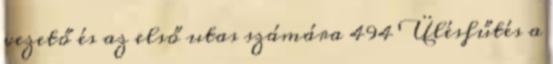
vezető és az első utas számára 494 Ülésfűtés a